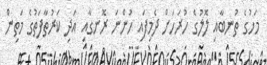
މަހުގެ ތުނބާއި ލޮލުގެ ހުރަހަށް ދެމިފައި ހުންނަ ރޮނގާއި އަދި ކަރުތާފަތުގެ މަތިން